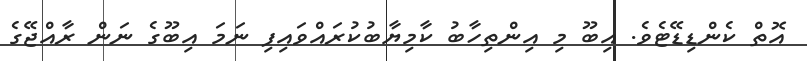
އޮތް ކެންޑިޑޭޓެވެ. އިބޫ މި އިންތިހާބު ކާމިޔާބުކުރައްވައިފި ނަމަ އިބޫގެ ނަން ރާއްޖޭގެ